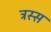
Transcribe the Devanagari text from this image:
ट्रस्स